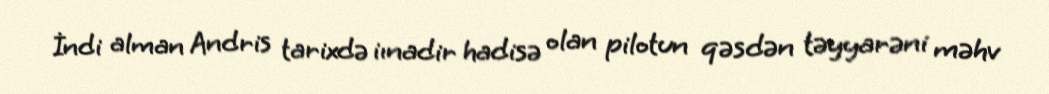
İndi alman Andris tarixdə iınadir hadisə olan pilotun qəsdən təyyarəni məhv